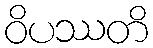
ဝိပဿတိ